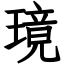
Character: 璄